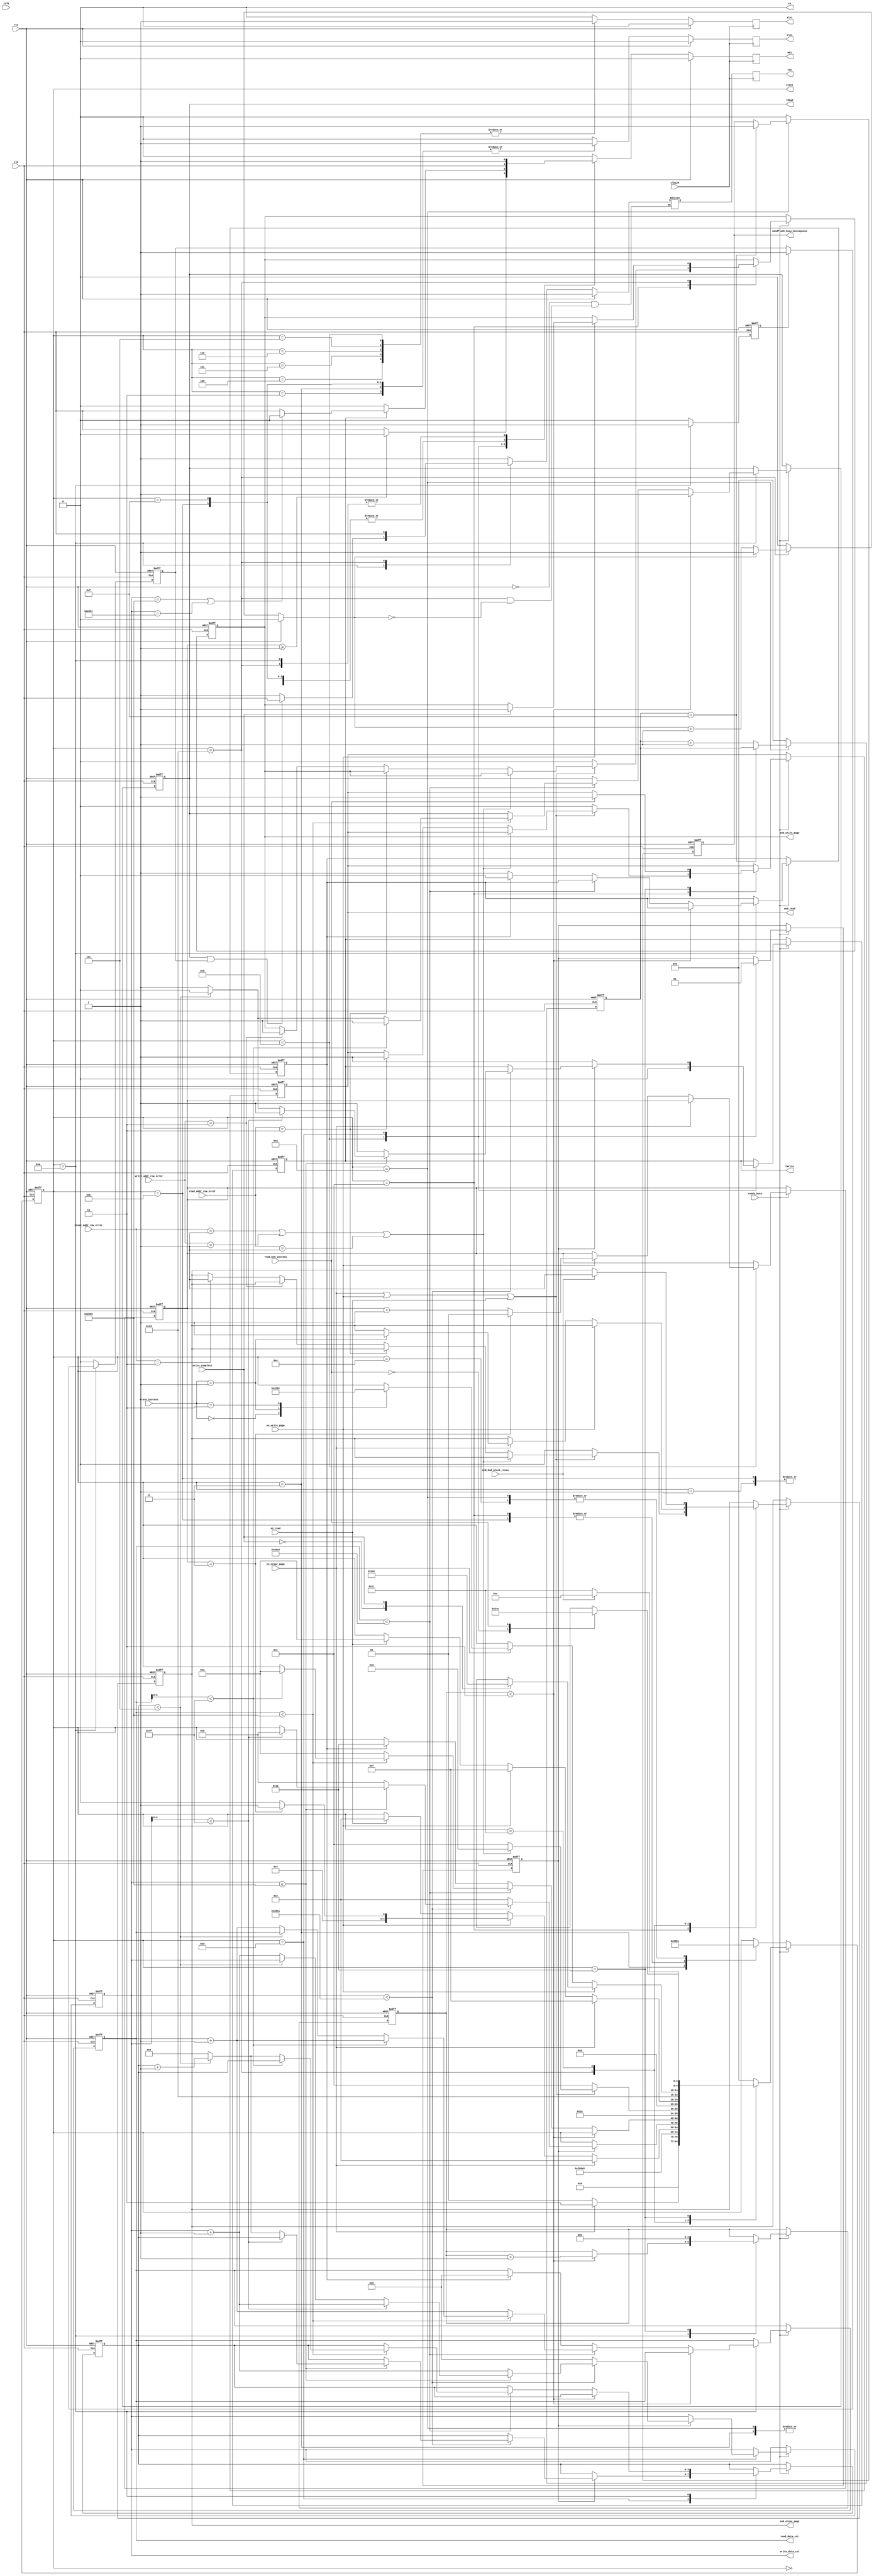
`timescale 1ns / 1ps
//////////////////////////////////////////////////////////////////////////////////
// Company: 
// Engineer: 
// 
// Design Name: 
// Module Name:    state_control 
// Project Name: 
// Target Devices: 
// Tool versions: 
// Description: 
//
// Dependencies: 
//
// Revision: 
// Revision 0.01 - File Created
// Additional Comments: 
//
//////////////////////////////////////////////////////////////////////////////////
module state_control(
	input rst,ready_busy,clk,clk12M,en_erase_page,en_write_page,en_read, // clk is 24M
	input  tclk,
	output reg end_write_page,end_read,end_erase_page,
	output reg [4:0] state,

	output reg tWrite,tRead,												//1128KECC,
	output reg [13:0] write_data_cnt,read_data_cnt,					//
//	output reg read_data_flag,												//10ECC

	input [1:0] erase_success,												//BIT0012
	input write_complete,													//BIT001
	input read_ECC_success,													//ECC01ECCECC.
	input [1:0]erase_addr_row_error,										//,012
	input [1:0]write_addr_row_error,										//,012
	input [1:0]read_addr_row_error,										//,012
	input end_bad_block_renew,												//

   output reg nandflash_busy_Noresponse,                       //nandflashbusy
	output ce,
	output reg cle1,ale1,we1,re1
    );

	reg [1:0]tADL;										//
	reg [3:0]tECC;										//ECC128KECC
	reg i,j,delay1;												//169
	reg [2:0] m,n;										//10
	reg [4:0] nandflash_busy_Noresponse_cnt;     //nandflashbusy
	
	reg re_flag,k;
	reg cle,ale,we,re;

// debug
//ila_state_control ila_state_control_inst (
//	.clk(tclk), // input wire clk
//	.probe0(state), // input wire [4:0]  probe0  
//	.probe1(read_data_cnt), // input wire [13:0]  probe1 
//	.probe2(tECC), // input wire [3:0]  probe2 
//	.probe3(tRead), // input wire [0:0]  probe3 s
//	.probe4(m) // input wire [2:0]  probe4
//);	
	
//	ila_state_ctrl your_instance_name (
//	.clk(tclk), // input wire clk
//	.probe0(n) ,// input wire [2:0] probe0
//	.probe1(we1),
//	.probe2(write_data_cnt)
//	//.probe3(tWrite)
//);
	always @(negedge clk or posedge rst)	//nandflashbusy
	begin
	  if(rst)
	    begin
		   nandflash_busy_Noresponse_cnt<=0;
		   nandflash_busy_Noresponse<=0;
		 end
	  else
	    begin
		   if(state == 13)
			  begin 
			    if(nandflash_busy_Noresponse_cnt == 15)
				    nandflash_busy_Noresponse<=1;
				 else
				    nandflash_busy_Noresponse_cnt<=nandflash_busy_Noresponse_cnt +1;
			  end
			else
			  begin
			     nandflash_busy_Noresponse_cnt<=0;
		        nandflash_busy_Noresponse<=0;
			  end
		 end
	end
	
	always @(posedge clk12M)	//we
	begin
		we1 <= we;
		cle1 <= cle;
		ale1 <= ale;
		re1 <= re;
	end
	
	assign ce = 0;
	
   always @ (posedge clk or posedge rst)	
	begin
		if(rst)
		begin
			re_flag <= 0;
			k <= 0;
		end
		else
			if(state == 10)
				if(k == 0)
					k <= 1;
				else
					re_flag <= 1;
			else
			begin
				k <= 0;
				re_flag <= 0;
			end
	end

	always @(clk or rst or state)	//
	begin
		if(rst)
		begin
			cle <= 0;
			ale <= 0;
			we <= 0;
			re <= 1;
			n <= 0;
			i <= 0;
			
		end
		else
			case(state)
			0:
				begin
					cle <= 0;
					ale <= 0;
					we <= 0;
					re <= 1;
					i <= 0;
					n <= 0;
				end
			1:
				begin
					cle <= 0;
					ale <= 0;
					we <= 0;
					re <= 1;
					i <= 0;
					n <= 0;
				end
			2:
				begin
					cle <= 1;
					ale <= 0;
					we <= clk;
					re <= 1;
					i <= 0;
					n <= 0;
				end
			3:
				begin
					cle <= 1;
					ale <= 0;
					we <= clk;
					re <= 1;
					i <= 0;
					n <= 0;
				end
			4:
				begin
					cle <= 0;
					ale <= 1;
					we <= clk;
					re <= 1;
					i <= 0;
					n <= 0;
				end
			5:
				begin
					cle <= 0;
					ale <= 1;
					we <= clk;
					re <= 1;
					i <= 0;
					n <= 0;
				end
			6:	
				begin
					cle <= 0;
					ale <= 1;
					we <= clk;
					re <= 1;
					i <= 0;
					n <= 0;
				end
			7:
				begin
					cle <= 0;
					ale <= 1;
					we <= clk;
					re <= 1;
					i <= 0;
					n <= 0;
				end
			8:
				begin
					cle <= 0;
					ale <= 1;
					if(tADL >= 1)
					   we  <= 1'b0;
					else
					   we  <= clk;
					re <= 1;
					n <= 0;
					i <= 0;
				end
			9:
				begin
					cle <= 0;
					ale <= 0;
					re <= 1;
					i <= 0;
					if(tWrite) begin
						if(write_data_cnt == 8192 | write_data_cnt == 8193)	begin	//8192ECCwe0ECCramflash
			                 we <= 0;
//						     if(n < 4)
//							     n <= n+1;
//							 else begin
//								we <= clk;
//								n <= 4;
//							end
					   	end
					   	else  
					       we <= clk;  
					end
					else begin
						we <= 0;
						n <= 0;
					end
				end
			10:
				begin
					cle <= 0;
					ale <= 0;
					we <= 1;
					i <= 0;
					n <= 0;
					if(tRead & re_flag)
						re <= clk;
					else 
						re <= 1;
				end
			11:
				begin
					cle <= 1;
					ale <= 0;
					we <= clk;
					re <= 1;
					i <= 0;
					n <= 0;
				end
			12:
				begin
					cle <= 0;
					ale <= 0;
					we <= 0;
					re <= 1;
					i <= 0;
					n <= 0;
				end
			13:
				begin
					cle <= 0;
					ale <= 0;
					we <= 0;
					re <= 1;
					i <= 0;
					n <= 0;
				end
			14:
				begin
					cle <= 0;
					ale <= 0;
					we <= 0;
					re <= 1;
					i <= 0;
					n <= 0;
				end
			15:
				begin
					cle <= 1;
					ale <= 0;
					we <= clk;
					re <= 1;
					i <= 0;
					n <= 0;
				end
			16:
				begin
					cle <= 0;
					ale <= 0;
					we <= 1;
					n <= 0;
					if(i)
					begin
						re <= clk;
						i <= 1;
					end
					else
						i <= i+1;
				end
			17:
				begin
					cle <= 0;
					ale <= 0;
					we <= 0;
					re <= 1;
					i <= 0;
					n <= 0;
				end
			18:
				begin
					cle <= 0;
					ale <= 0;
					we <= 0;
					re <= 1;
					i <= 0;
					n <= 0;
				end
			default:
				begin
					cle <= 0;
					ale <= 0;
					we <= 0;
					re <= 1;
					i <= 0;
					n <= 0;
				end
			endcase
	end


	always @(negedge clk or posedge rst)	//
	begin
	if(rst)
	begin
		state <= 0;
		end_erase_page <= 0;
		end_write_page <= 0;
		end_read <= 0;
		write_data_cnt <= 0;
		read_data_cnt <= 0;
		tADL <= 0;
		tECC <= 0;
		tWrite <= 0;
		tRead <= 0;
//		read_data_flag <= 0;
		j <= 0;
		m <= 0;
		delay1 <= 0;
	end
	else
		if(ready_busy == 0)
		begin
			case(state)
			3:
				state <= 13;
			11:
				state <= 12;
			12:
				state <= 12;
			13:
				state <= 14;
			14:
				state <= 14;
			default
				state <= state;
			endcase
		end
		else
		begin
			case(state)
			0:										//
				state <= 1;
			1:										//READY
				state <= 11;
			2:										//
			begin
				if(en_erase_page == 1)
					state <= 6;
				else
					state <= 4;
			end
			3:										//
				state <= 13;
			4:										//
				state <= 5;
			5:										//
				state <= 6;
			6:										//
				state <= 7;
			7:										//
				state <= 8;
			8:										//
			begin
				tWrite <= 0;
				j <= 0;
				if(en_erase_page == 1)
				begin
					state <= 3;
				end
				else if(en_write_page == 1)
				begin
					if(tADL == 3)
					begin
						state <= 9;
						tADL <= 0;
					end
					else
					begin
						state <= 8;
						tADL <= tADL + 1;
					end
				end
				else if(en_read == 1)
				begin
					state <= 3;
				end				
			end
			9:									//
			begin
			if(j == 0)
			begin
				j <= 1;					//99tWrite1we0
				tWrite <= 1;
			end	
			else
				if(write_data_cnt < 8384+1)			//1
					begin	
						if(write_data_cnt <= 8192)							//
						begin
							if(write_data_cnt[6:0] < 7'b1111111)
							begin
								tWrite <= 1;
								state <= 9;
								write_data_cnt <= write_data_cnt + 1;
							end
							else					
							begin
								if(tECC < 7)
								begin
									tECC <= tECC+1;
									tWrite <= 0;
								end
								else
								begin
									tECC <= 0;
									tWrite <= 1;
									write_data_cnt <= write_data_cnt + 1;
								end
							end
						end
						else			//ECC
						begin
							state <= 9;
							write_data_cnt <= write_data_cnt + 1;
							tWrite <= 1;
						end
					end
				else
				begin
					write_data_cnt <= 0;
					state <= 3;
				end
			end
			10:											//
			begin
			if(m < 2)
			begin
				m <= m+1;
				tRead <= 1;
//				read_data_flag <= 1;
			end
			else
				if(read_data_cnt < 8384)							//ECC
				begin
				if(read_data_cnt < 8192)							//
				begin
							if(read_data_cnt[6:0] < 7'b1111111)
							begin
								tRead <= 1;
								state <= 10;
								read_data_cnt <= read_data_cnt + 1;
							end
							else					
							begin
								if(tECC < 7)
								begin
									tECC <= tECC+1;
									tRead <= 0;
								end
								else
								begin
									tECC <= 0;
									tRead <= 1;
									read_data_cnt <= read_data_cnt + 1;
								end
							end
				end
				else
				begin
					state <= 10;
//					read_data_flag <= 0;
					read_data_cnt <= read_data_cnt+1;
				end
				end
				else			
					begin
						if(delay1 == 0)
							delay1 	<= 1; // delay 1 cycle to write last ecc data(addr == 704) 
						else  begin
							state 	<= 18;
							read_data_cnt	<= 0;
							delay1 	<= 0;
						end 
					end
			end
			11:												//ff
				state <= 11;
			12:												//
			begin												//end12end12
				if(en_erase_page | en_write_page | en_read)
				begin
					if(erase_addr_row_error == 1 | write_addr_row_error == 1 | read_addr_row_error == 1)
						state <= 2;
					else if(read_addr_row_error == 2)
						begin
							state <= 12;
							end_read <= 1;
						end
					else if(write_addr_row_error == 2)
						begin
							state <= 12;
							end_write_page <= 1;
						end
					else if(erase_addr_row_error == 2)
						begin
							state <= 12;
							end_erase_page <= 1;
						end
					else
						state <= 12;
				end
				else
				begin
					end_write_page <= 0;
					end_read <= 0;
					end_erase_page <= 0;
					state <= 12;
				end
			end
			13:												//R/B1RB0
				state <= 13;
			14:												//R/B0RB1
			begin
				if(en_erase_page == 1)
					state <= 15;
				else if(en_write_page == 1)
						state <= 15;
				else if(en_read == 1)
						state <= 10;
			end
			15:												//70
				state <= 16;
			16:												//
			begin
				if(en_write_page)
				begin
					case(write_complete)
					0:
						state <= 16;
					1:
						begin
							state <= 12;
							end_write_page <= 1;
						end
					endcase
				end
				else if(en_erase_page)
							case(erase_success)
							0:
								state <= 16;
							1:
							begin
								end_erase_page <= 1;
								state <= 12;
							end
							2:
								state <= 17;
							endcase
			end
			17:								//
			begin
				if(end_bad_block_renew)
				begin
					state <= 12;
					end_erase_page <= 1;
				end
				else
					state <= 17;
			end
			18:								//ECC
			begin
				m <= 0;
				case(read_ECC_success)
				0:
					state <= 18;
				1:
				begin
					state <= 12;
					end_read <= 1;
				end
				endcase
			end
			default:
				state <= 0;
			endcase
		end		//ready_busy == 1	
	 end
endmodule